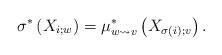
LaTeX: \begin{align*}\sigma^*\left(X_{i;w}\right)=\mu^*_{w\rightsquigarrow v} \left(X_{\sigma(i);v}\right).\end{align*}